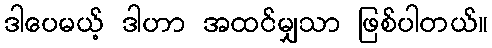
ဒါပေမယ့် ဒါဟာ အထင်မျှသာ ဖြစ်ပါတယ်။